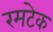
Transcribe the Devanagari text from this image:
रमटेक